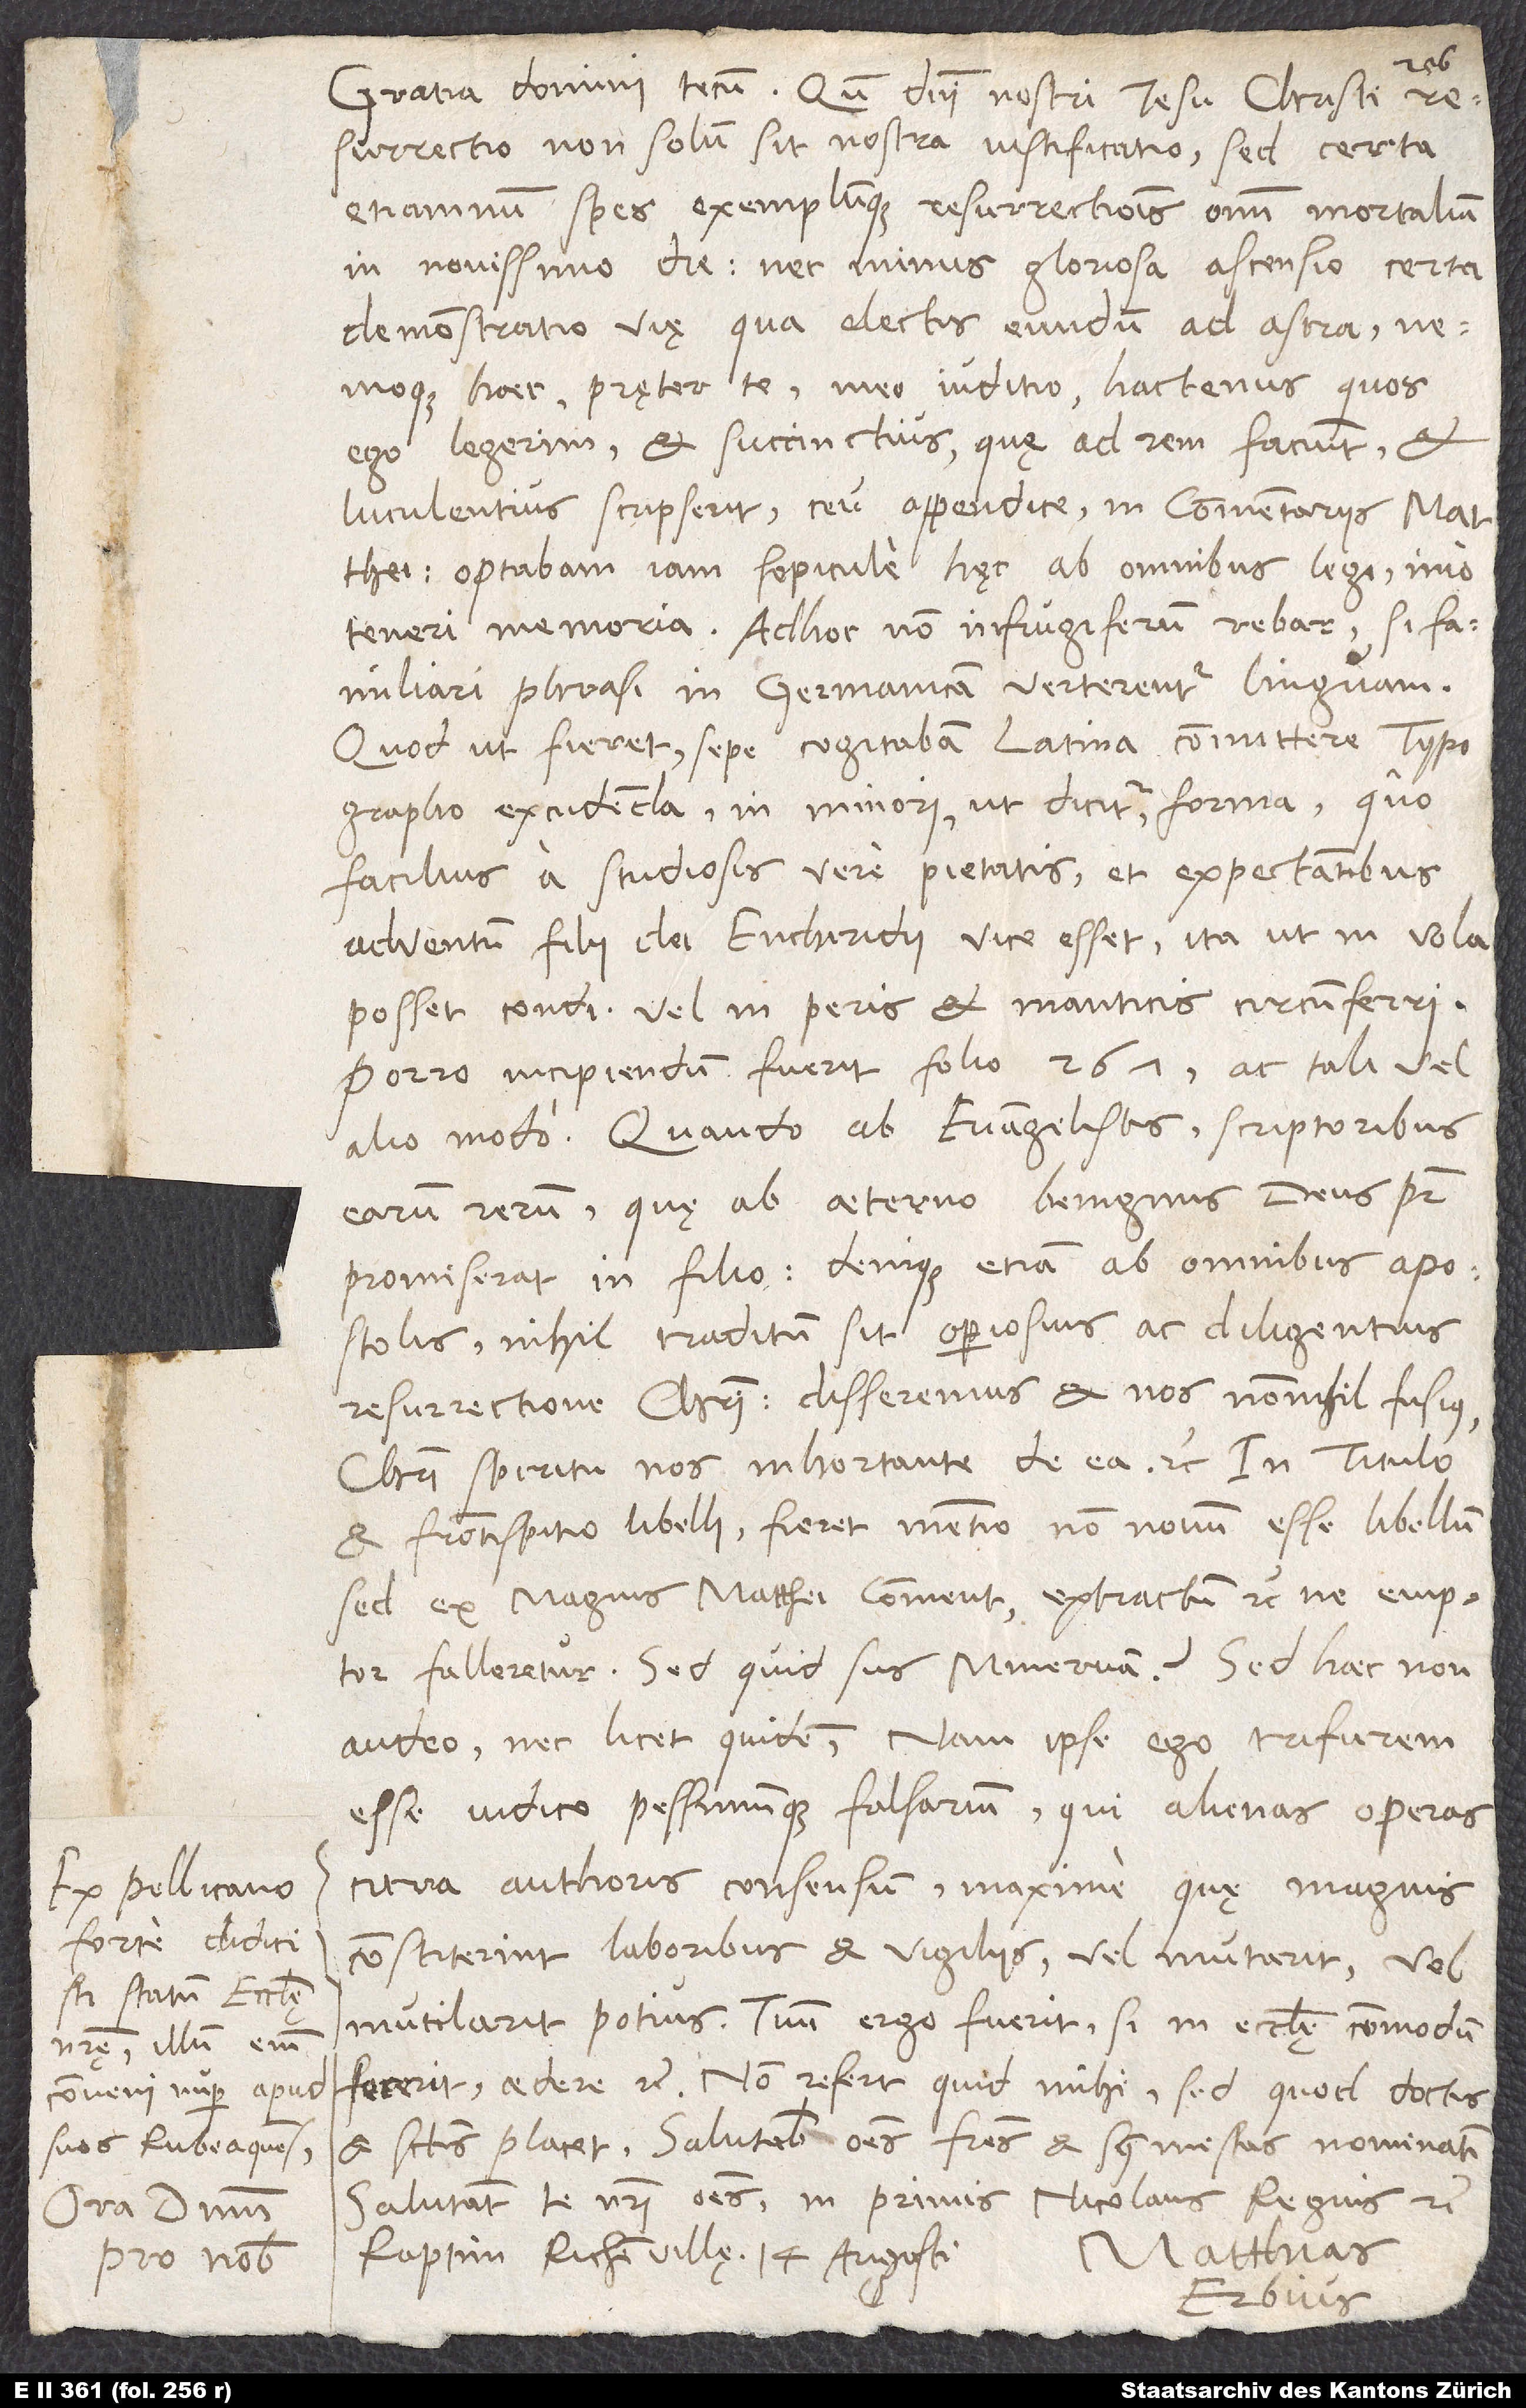
Ex Pellicano
forte didicisti
statum ecclesię
nostrę, illum enim
conveni nuper apud
suos Rubeaquenses.
Ora dominum
pro nobis.

Gratia domini tecum. Quum domini nostri Iesu Christi
resurrectio non solum sit nostra iustificatio, sed certa
etiamnum spes exemplumque resurrectionis omnium mortalium
in novissimo die, nec minus gloriosa ascensio certa
demonstratio vię, qua electis eundum ad astra,
nemoque haec pręter te, meo iuditio, hactenus, quos
ego legerim, et succinctius, quę ad rem faciunt, et
luculentius scripserit ceu appendice in Commentariis Matthei,
optabam iam sepicule hęc ab omnibus legi, imo
teneri memoria. Ad hoc non infrugiferum rebar, si familiari
phrasi in Germanicam verterentur linguam.
Quod ut fieret, sepe cogitabam Latina committere typographo
excudenda in minori, ut dicunt, forma, quo
facilius a studiosis vere pietatis et expectantibus
adventum filii dei enchiridii vice esset, ita ut in vola
posset condi vel in peris et manticis circumferri.
Porro incipiendum fuerit folio 267 ac tali vel
alio modo: „Quando ab evangelistis, scriptoribus
earum rerum, quę ab aeterno benignus deus pater
promiserat in filio, denique etiam ab omnibus apostolis
nihil traditum sit operiosius ac diligentius
resurrectione Christi, disseremus et nos nonnihil fusius
Christi spiritu nos inhortante de ea“ etc. In titulo
et frontispitio libelli fieret mentio non novum esse libellum,
sed ex magnis Matthei commentariis extractum etc., ne emptor
falleretur. Sed quid sus Minervam? Sed haec non
audeo nec licet quidem; nam ipse ego trifurem
esse iudico pessimumque falsarium, qui alienas operas
citra authoris consensum, maxime quę magnis
constiterint laboribus et vigiliis, vel mutarit vel
mutilarit potius. Tuum ergo fuerit, si in ecclesię commodum
fecerit, aedere etc. Non refert, quid mihi, sed quod doctis
et sanctis placet. Salutabis omnes fratres et symmistas nominatim.
Salutant te nostri omnes, in primis Nicolaus Regius etc.
Raptim, Richenvillę, 14. augusti.
Matthias
Erbius.